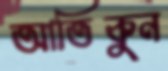
আতিকুন